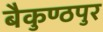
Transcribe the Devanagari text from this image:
बैकुण्ठपुर